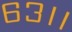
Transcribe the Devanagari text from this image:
६३।।